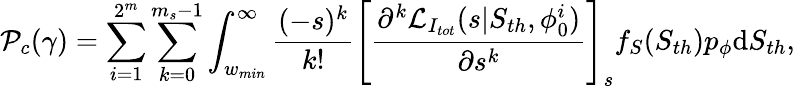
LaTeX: \mathcal{P}_{c}(\gamma)=\sum_{i=1}^{2^{m}}\sum_{k=0}^{m_{s}-1}\int_{w_{min}}^{\infty}\frac{(-s)^{k}}{k!}{\Bigg[\frac{\partial^{k}\mathcal{L}_{I_{tot}}(s|S_{th},\phi_{0}^{i})}{\partial{s^{k}}}\Bigg]}_{s}f_{S}(S_{th})p_{\phi}\mathrm{d}S_{th},